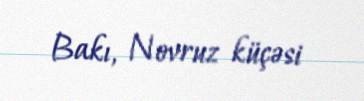
Bakı, Novruz küçəsi